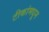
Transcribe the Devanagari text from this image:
टीकांमधून